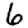
Digit: 6